King Institute of Preventive Medicine Micro-Biological Section reports 1912-19
Year: 1912
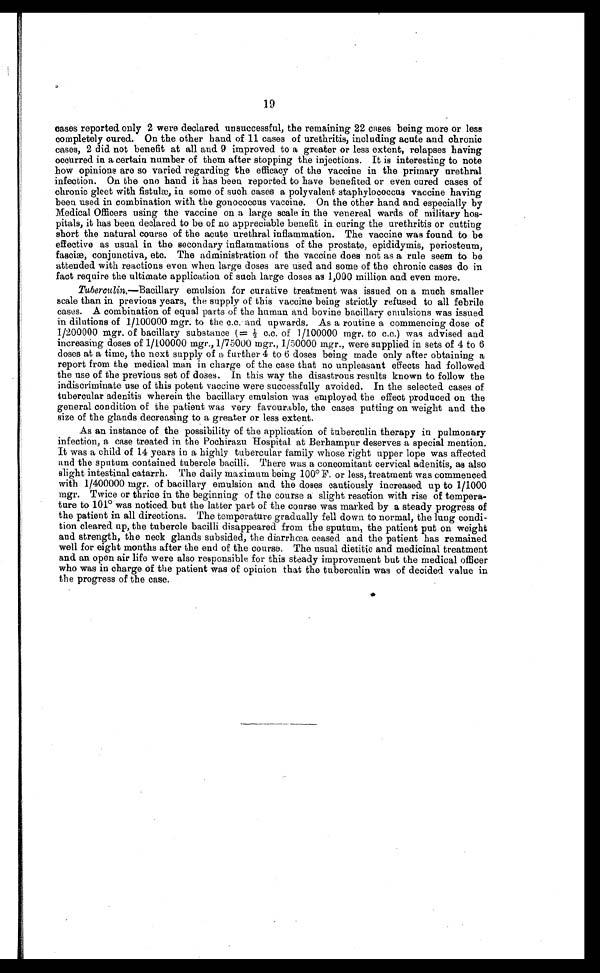
19
cases reported only 2 were declared unsuccessful, the remaining 22 cases being more or less
completely cured. On the other hand of 11 cases of urethritis, including acute and chronic
cases, 2 did not benefit at all and 9 improved to a greater or less extent, relapses having
occurred in a certain number of them after stopping the injections. It is interesting to note
how opinions are so varied regarding the efficacy of the vaccine in the primary urethral
infection. On the one hand it has been reported to have benefited or even cured cases of
chronic gleet with fistulæ, in some of such cases a polyvalent staphylococcus vaccine having
been used in combination with the gonococcus vaccine. On the other hand and especially by
Medical Officers using the vaccine on a large scale in the venereal wards of military hos
- p i t a l s , i t h a s b e e n d e c l a r e d t o b e o f n o a p p r e c i a b l e b e n e f i t i n c u r i n g t h e u r e t h r i t i s o r c u t t i n g
short the natural course of the acute urethral inflammation. The vaccine was found to be
effective as usual in the secondary inflammations of the prostate, epididymis, periosteum,
fasciæ, conjunctiva, etc. The administration of the vaccine does not as a rule seem to be
attended with reactions even when large doses are used and some of the chronic cases do in
fact require the ultimate application of such large doses as 1,000 million and even more.
Tuberculin.—Bacillary emulsion for curative treatment was issued on a much smaller
scale than in previous years, the supply of this vaccine being strictly refused to all febrile
cases. A combination of equal parts of the human and bovine bacillary emulsions was issued
in dilutions of 1/100000 mgr. to the c.c. and upwards. As a routine a commencing dose of
1/200000 mgr. of bacillary substance (=½ c.c. of 1/100000 mgr. to c.c.) was advised and
increasing doses of 1/100000 mgr., 1/75000 mgr., 1/50000 mgr., were supplied in sets of 4 to 6
doses at a time, the next supply of a further 4 to 6 doses being made only after obtaining a
report from the medical man in charge of the case that no unpleasant effects had followed
the use of the previous set of doses. In this way the disastrous results known to follow the
indiscriminate use of this potent vaccine were successfully avoided. In the selected cases of
tubercular adenitis wherein the bacillary emulsion was employed the effect produced on the
general condition of the patient was very favourable, the cases putting on weight and the
size of the glands decreasing to a greater or less extent.
As an instance of the possibility of the application of tuberculin therapy in pulmonary
infection, a case treated in the Pochirazu Hospital at Berhampur deserves a special mention.
It was a child of 14 years in a highly tubercular family whose right upper lope was affected
and the sputum contained tubercle bacilli. There was a concomitant cervical adenitis, as also
s l i g h t i n t e s t i n a l c a t a r r h . T h e d a i l y m a x i m u m b e i n g 1 0 0° F . o r l e s s , t r e a t m e n t w a s c o m m e n c e d
with 1/400000 mgr. of bacillary emulsion and the doses cautiously increased up to 1/1000
mgr. Twice or thrice in the beginning of the course a slight reaction with rise of
tempera-ture to 101° was noticed but the latter part of the course was marked by a steady progress of
the patient in all directions. The temperature gradually fell down to normal, the lung condi
- t i o n c l e a r e d u p , t h e t u b e r c l e b a c i l l i d i s a p p e a r e d f r o m t h e s p u t u m , t h e p a t i e n t p u t o n w e i g h t
and strength, the neck glands subsided, the diarrhœa ceased and the patient has remained
well for eight months after the end of the course. The usual dietitic and medicinal treatment
and an open air life were also responsible for this steady improvement but the medical officer
who was in charge of the patient was of opinion that the tuberculin was of decided value in
the progress of the case.